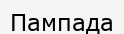
Пампада